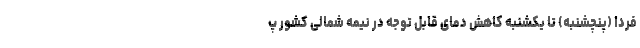
فردا (پنچشنبه) تا یکشنبه کاهش دمای قابل توجه در نیمه شمالی کشور پ